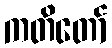
ကတိတော်